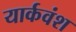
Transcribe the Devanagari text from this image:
यार्कवंश